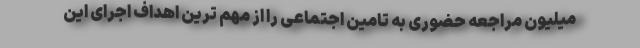
میلیون مراجعه حضوری به تامین اجتماعی را از مهم ترین اهداف اجرای این